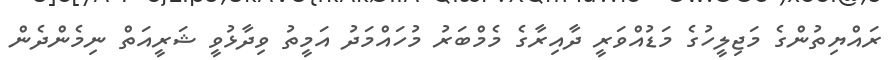
ރައްޔިތުންގެ މަޖިލީހުގެ މަޑުއްވަރީ ދާއިރާގެ މެމްބަރު މުހައްމަދު އަމީތު ވިދާޅުވީ ޝަރީއަތް ނިމެންދެން